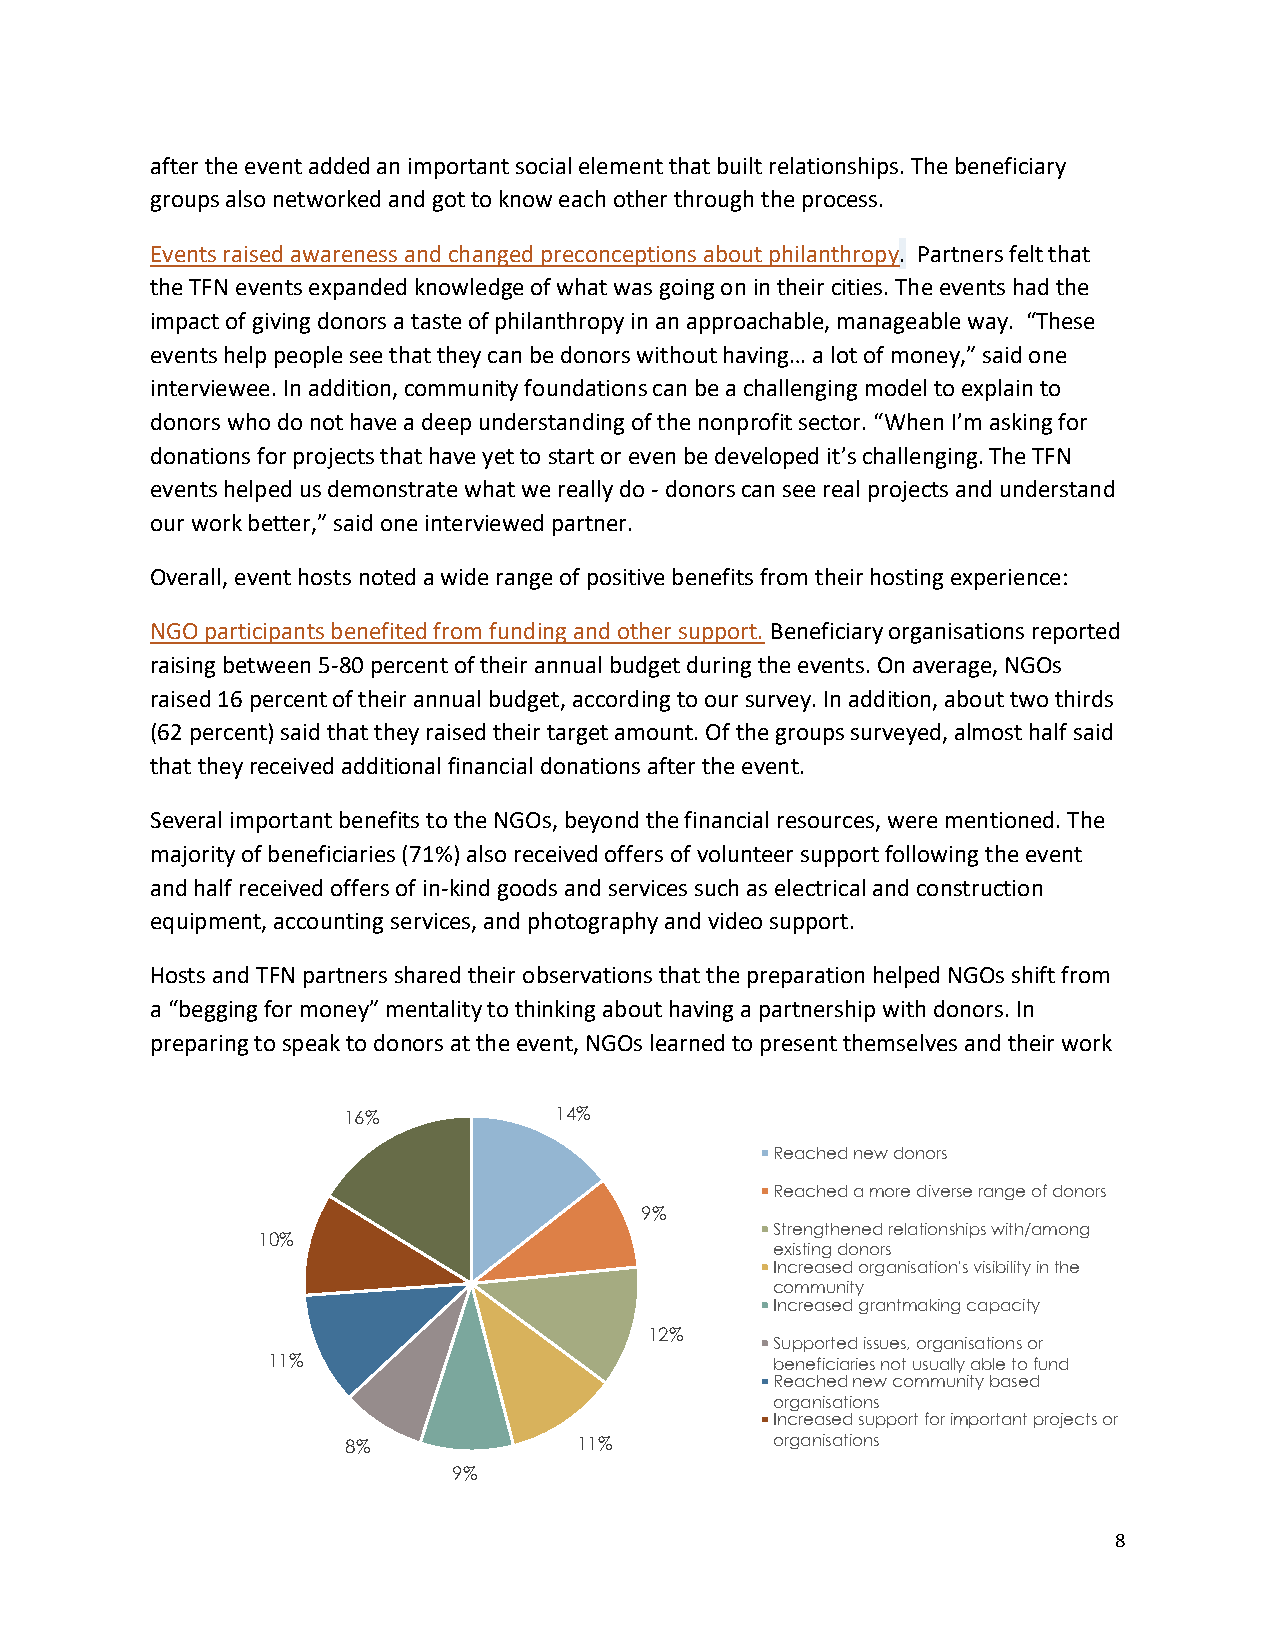
after the event added an important social element that built relationships. The beneficiary
 groups also networked and got to know each other through the process.
 Events raised awareness and changed preconceptions about philanthropy. Partners felt that
 the TFN events expanded knowledge of what was going on in their cities. The events had the
 impact of giving donors a taste of philanthropy in an approachable, manageable way. “These
 events help people see that they can be donors without having… a lot of money,” said one
 interviewee. In addition, community foundations can be a challenging model to explain to
 donors who do not have a deep understanding of the nonprofit sector. “When I’m asking for
 donations for projects that have yet to start or even be developed it’s challenging. The TFN
 events helped us demonstrate what we really do - donors can see real projects and understand
 our work better,” said one interviewed partner.
 Overall, event hosts noted a wide range of positive benefits from their hosting experience:
 NGO participants benefited from funding and other support. Beneficiary organisations reported
 raising between 5-80 percent of their annual budget during the events. On average, NGOs
 raised 16 percent of their annual budget, according to our survey. In addition, about two thirds
 (62 percent) said that they raised their target amount. Of the groups surveyed, almost half said
 that they received additional financial donations after the event.
 Several important benefits to the NGOs, beyond the financial resources, were mentioned. The
 majority of beneficiaries (71%) also received offers of volunteer support following the event
 and half received offers of in-kind goods and services such as electrical and construction
 equipment, accounting services, and photography and video support.
 Hosts and TFN partners shared their observations that the preparation helped NGOs shift from
 a “begging for money” mentality to thinking about having a partnership with donors. In
 preparing to speak to donors at the event, NGOs learned to present themselves and their work
 16%           14%
 Reached new donors
 Reached a more diverse range of donors
 9%
 Strengthened relationships with/among
 10%
 existing donors
 Increased organisation's visibility in the
 community
 Increased grantmaking capacity
 12%
 Supported issues, organisations or
 11%                              beneficiaries not usually able to fund
 Reached new community based
 organisations
 Increased support for important projects or
 8%             11%          organisations
 9%
 8